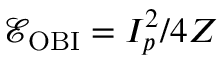
\mathcal { E } _ { \mathrm { { O B I } } } = I _ { p } ^ { 2 } / 4 Z